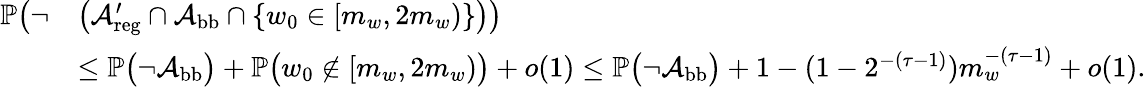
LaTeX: \begin{array}{rl}{\mathbb{P}\big(\neg}&{\big({\mathcal A}_{\mathrm{reg}}^{\prime}\cap{\mathcal A}_{\mathrm{bb}}\cap\{ w_{0}\in[m_{w},2m_{w})\} \big)\big)}\\ &{\le\mathbb{P}\big(\neg{\mathcal A}_{\mathrm{bb}}\big)+\mathbb{P}\big(w_{0}\notin[m_{w},2m_{w})\big)+o(1)\le\mathbb{P}\big(\neg{\mathcal A}_{\mathrm{bb}}\big)+1-(1-2^{-(\tau-1)})m_{w}^{-(\tau-1)}+o(1).}\end{array}